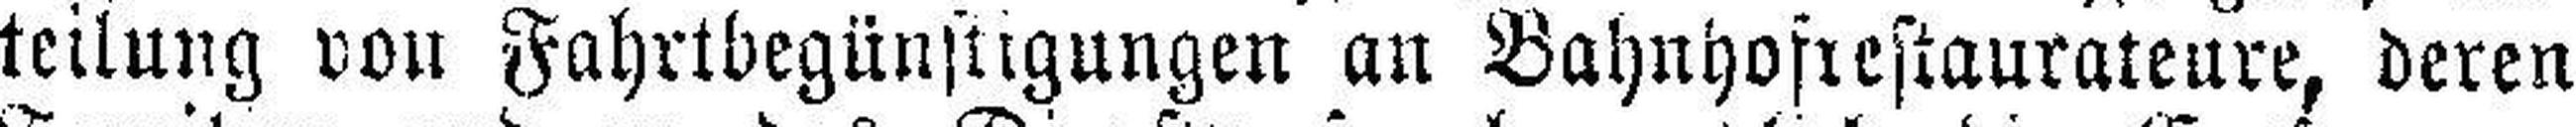
teilung von Fahrtbegünstigungen an Bahnhofrestaurateure, deren